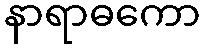
နာရာဓကော